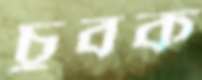
চুবক